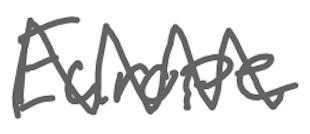
Text: Europe
Cross-out: zig-zag
Writing tool: digital_gray